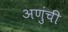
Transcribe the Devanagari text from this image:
अणुंची